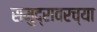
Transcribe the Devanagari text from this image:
समुद्रावरच्या